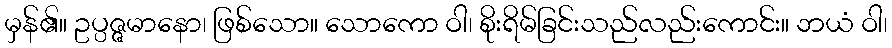
မှန်၏။ ဥပ္ပဇ္ဇမာနော၊ ဖြစ်သော။ သောကော ဝါ၊ စိုးရိမ်ခြင်းသည်လည်းကောင်း။ ဘယံ ဝါ၊